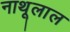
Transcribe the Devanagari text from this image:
नाथूलाल